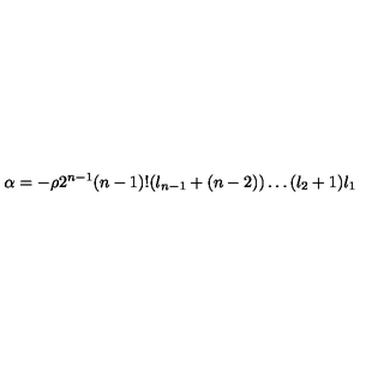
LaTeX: \alpha = - \rho 2 ^ { n - 1 } ( n - 1 ) ! ( l _ { n - 1 } + ( n - 2 ) ) \ldots ( l _ { 2 } + 1 ) l _ { 1 }